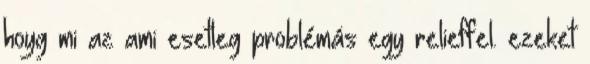
hoyg mi az ami esetleg problémás egy relieffel. ezeket